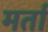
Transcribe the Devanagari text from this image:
मर्ता